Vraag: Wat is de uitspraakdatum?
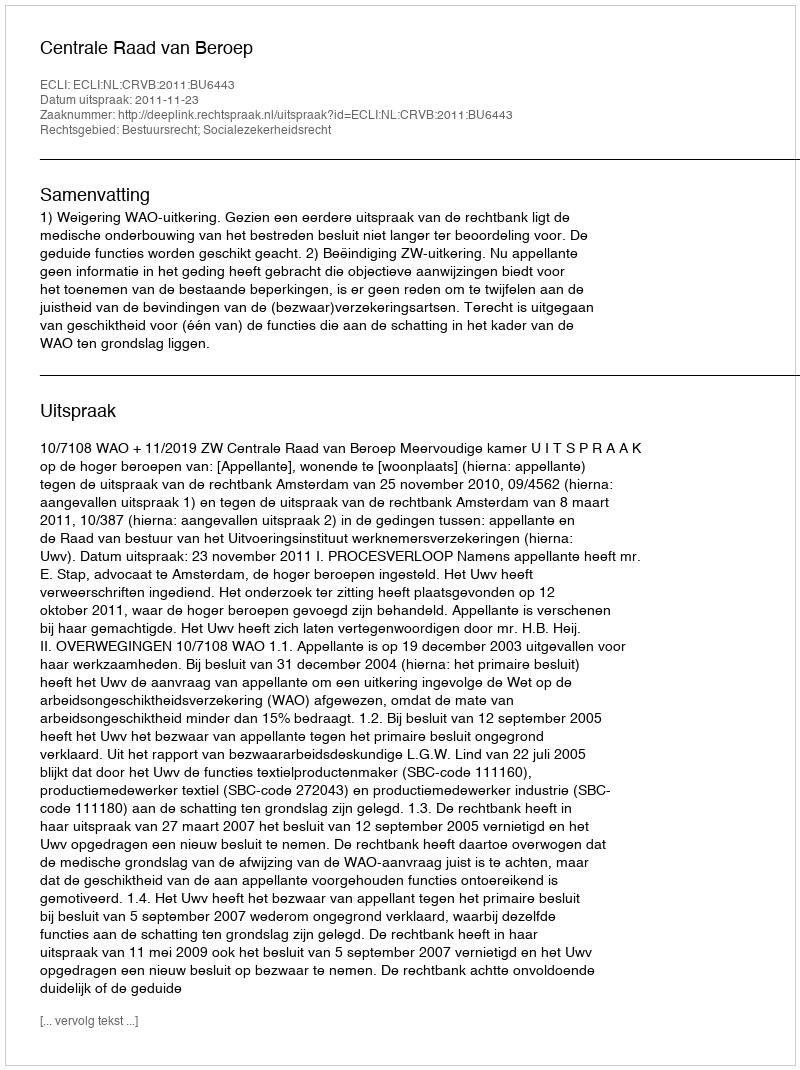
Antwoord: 2011-11-23